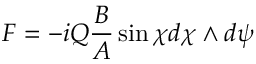
F = - i Q \frac { B } { A } \sin \chi d \chi \wedge d \psi